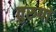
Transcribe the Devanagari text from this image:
तुरुपों